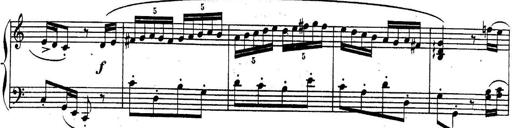
Title: Sonatina for Piano
Composer: BÃ©la BartÃ³k